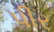
પીર